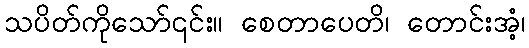
သပိတ်ကိုသော်၎င်း။ စေတာပေတိ၊ တောင်းအံ့၊